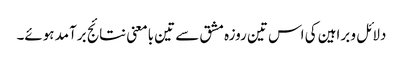
دلائل و براہین کی اس تین روزہ مشق سے تین بامعنی نتائج برآمد ہوئے۔